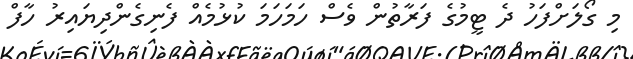
މި ގޯލަށްފަހު ދެ ޓީމުގެ ފަރާތުން ވެސް ހަމަހަމަ ކުޅުމެއް ފެނިގެންދިޔައިރު ހާފް